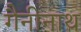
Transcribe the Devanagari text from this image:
गैनीनाथ